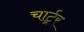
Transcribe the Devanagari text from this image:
चार्ट्रर